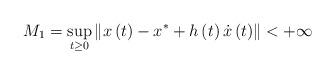
LaTeX: \begin{align*}M_{1}=\sup_{t\geq0}\left\Vert x\left( t\right) -x^{\ast}+h\left( t\right)\dot{x}\left( t\right) \right\Vert <+\infty\end{align*}